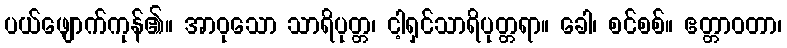
ပယ်ဖျောက်ကုန်၏။ အာဝုသော သာရိပုတ္တ၊ ငါ့ရှင်သာရိပုတ္တရာ။ ခေါ၊ စင်စစ်။ ဧတ္တာဝတာ၊